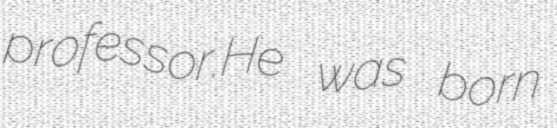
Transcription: professor.He was born